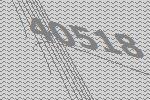
40518